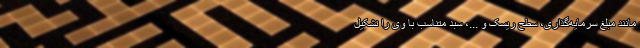
مانند مبلغ سرمایه‌گذاری، سطح ریسک و ...، سبد متناسب با وی را تشکیل